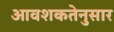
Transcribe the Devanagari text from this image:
आवशकतेनुसार